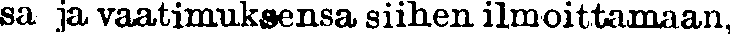
sa ja vaatimuksensa siihen ilmoittamaan,